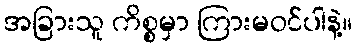
အခြားသူ ကိစ္စမှာ ကြားမဝင်ပါနဲ့။